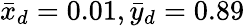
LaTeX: {\bar{x}_{d}}=0.01,{\bar{y}_{d}}=0.89